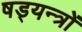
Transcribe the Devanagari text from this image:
षड्‍यन्त्रों